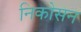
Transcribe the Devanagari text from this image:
निकोसन